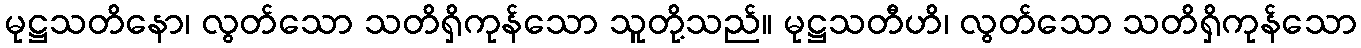
မုဋ္ဌသတိနော၊ လွတ်သော သတိရှိကုန်သော သူတို့သည်။ မုဋ္ဌသတီဟိ၊ လွတ်သော သတိရှိကုန်သော